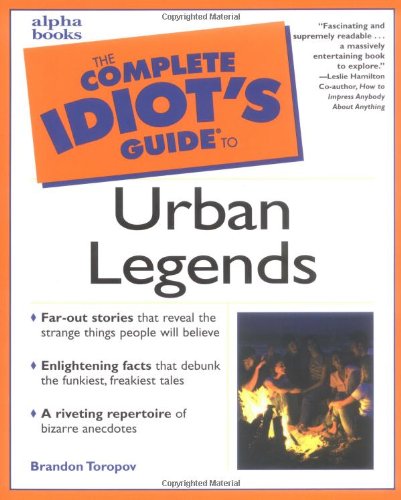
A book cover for Complete Idiot's Guide to Urban Legends; Brandon Toropov; Humor & Entertainment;